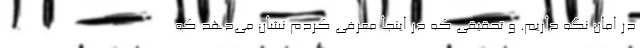
در امان نگه داریم. و تحقیقی که در اینجا معرفی کردم نشان می‌دهد که